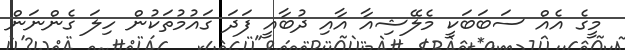
މީގެ އެއް ސަބަބަކީ މެލޭޝިއާ އާއި ދުބާއީ ފަދަ ގައުމުތަކުން ހިލަ ގެންނަން